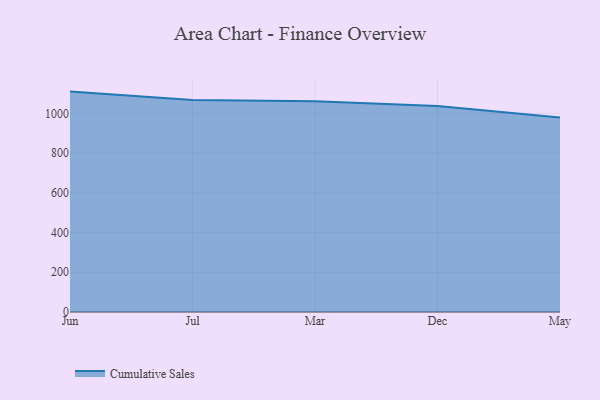
{"axis": {"x": "Month", "y": "Energy Usage (MWh)"}, "legend": ["Cumulative Sales"], "data": [{"x": "Jun", "y": 1109.7, "type": "Cumulative Sales"}, {"x": "Jul", "y": 1067.8, "type": "Cumulative Sales"}, {"x": "Mar", "y": 1060.7, "type": "Cumulative Sales"}, {"x": "Dec", "y": 1036.6, "type": "Cumulative Sales"}, {"x": "May", "y": 979.8, "type": "Cumulative Sales"}]}